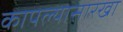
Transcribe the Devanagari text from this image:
कापल्यासारखा